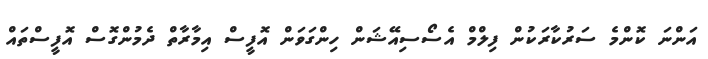
އަންނަ ކޮންމެ ސަރުކާރަކުން ފިލްމް އެސޯސިއޭޝަން ހިންގަވަން އޮފީސް އިމާރާތް ދެމުންގޮސް އޮފީސްތައް